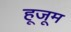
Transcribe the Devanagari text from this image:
हूजूम